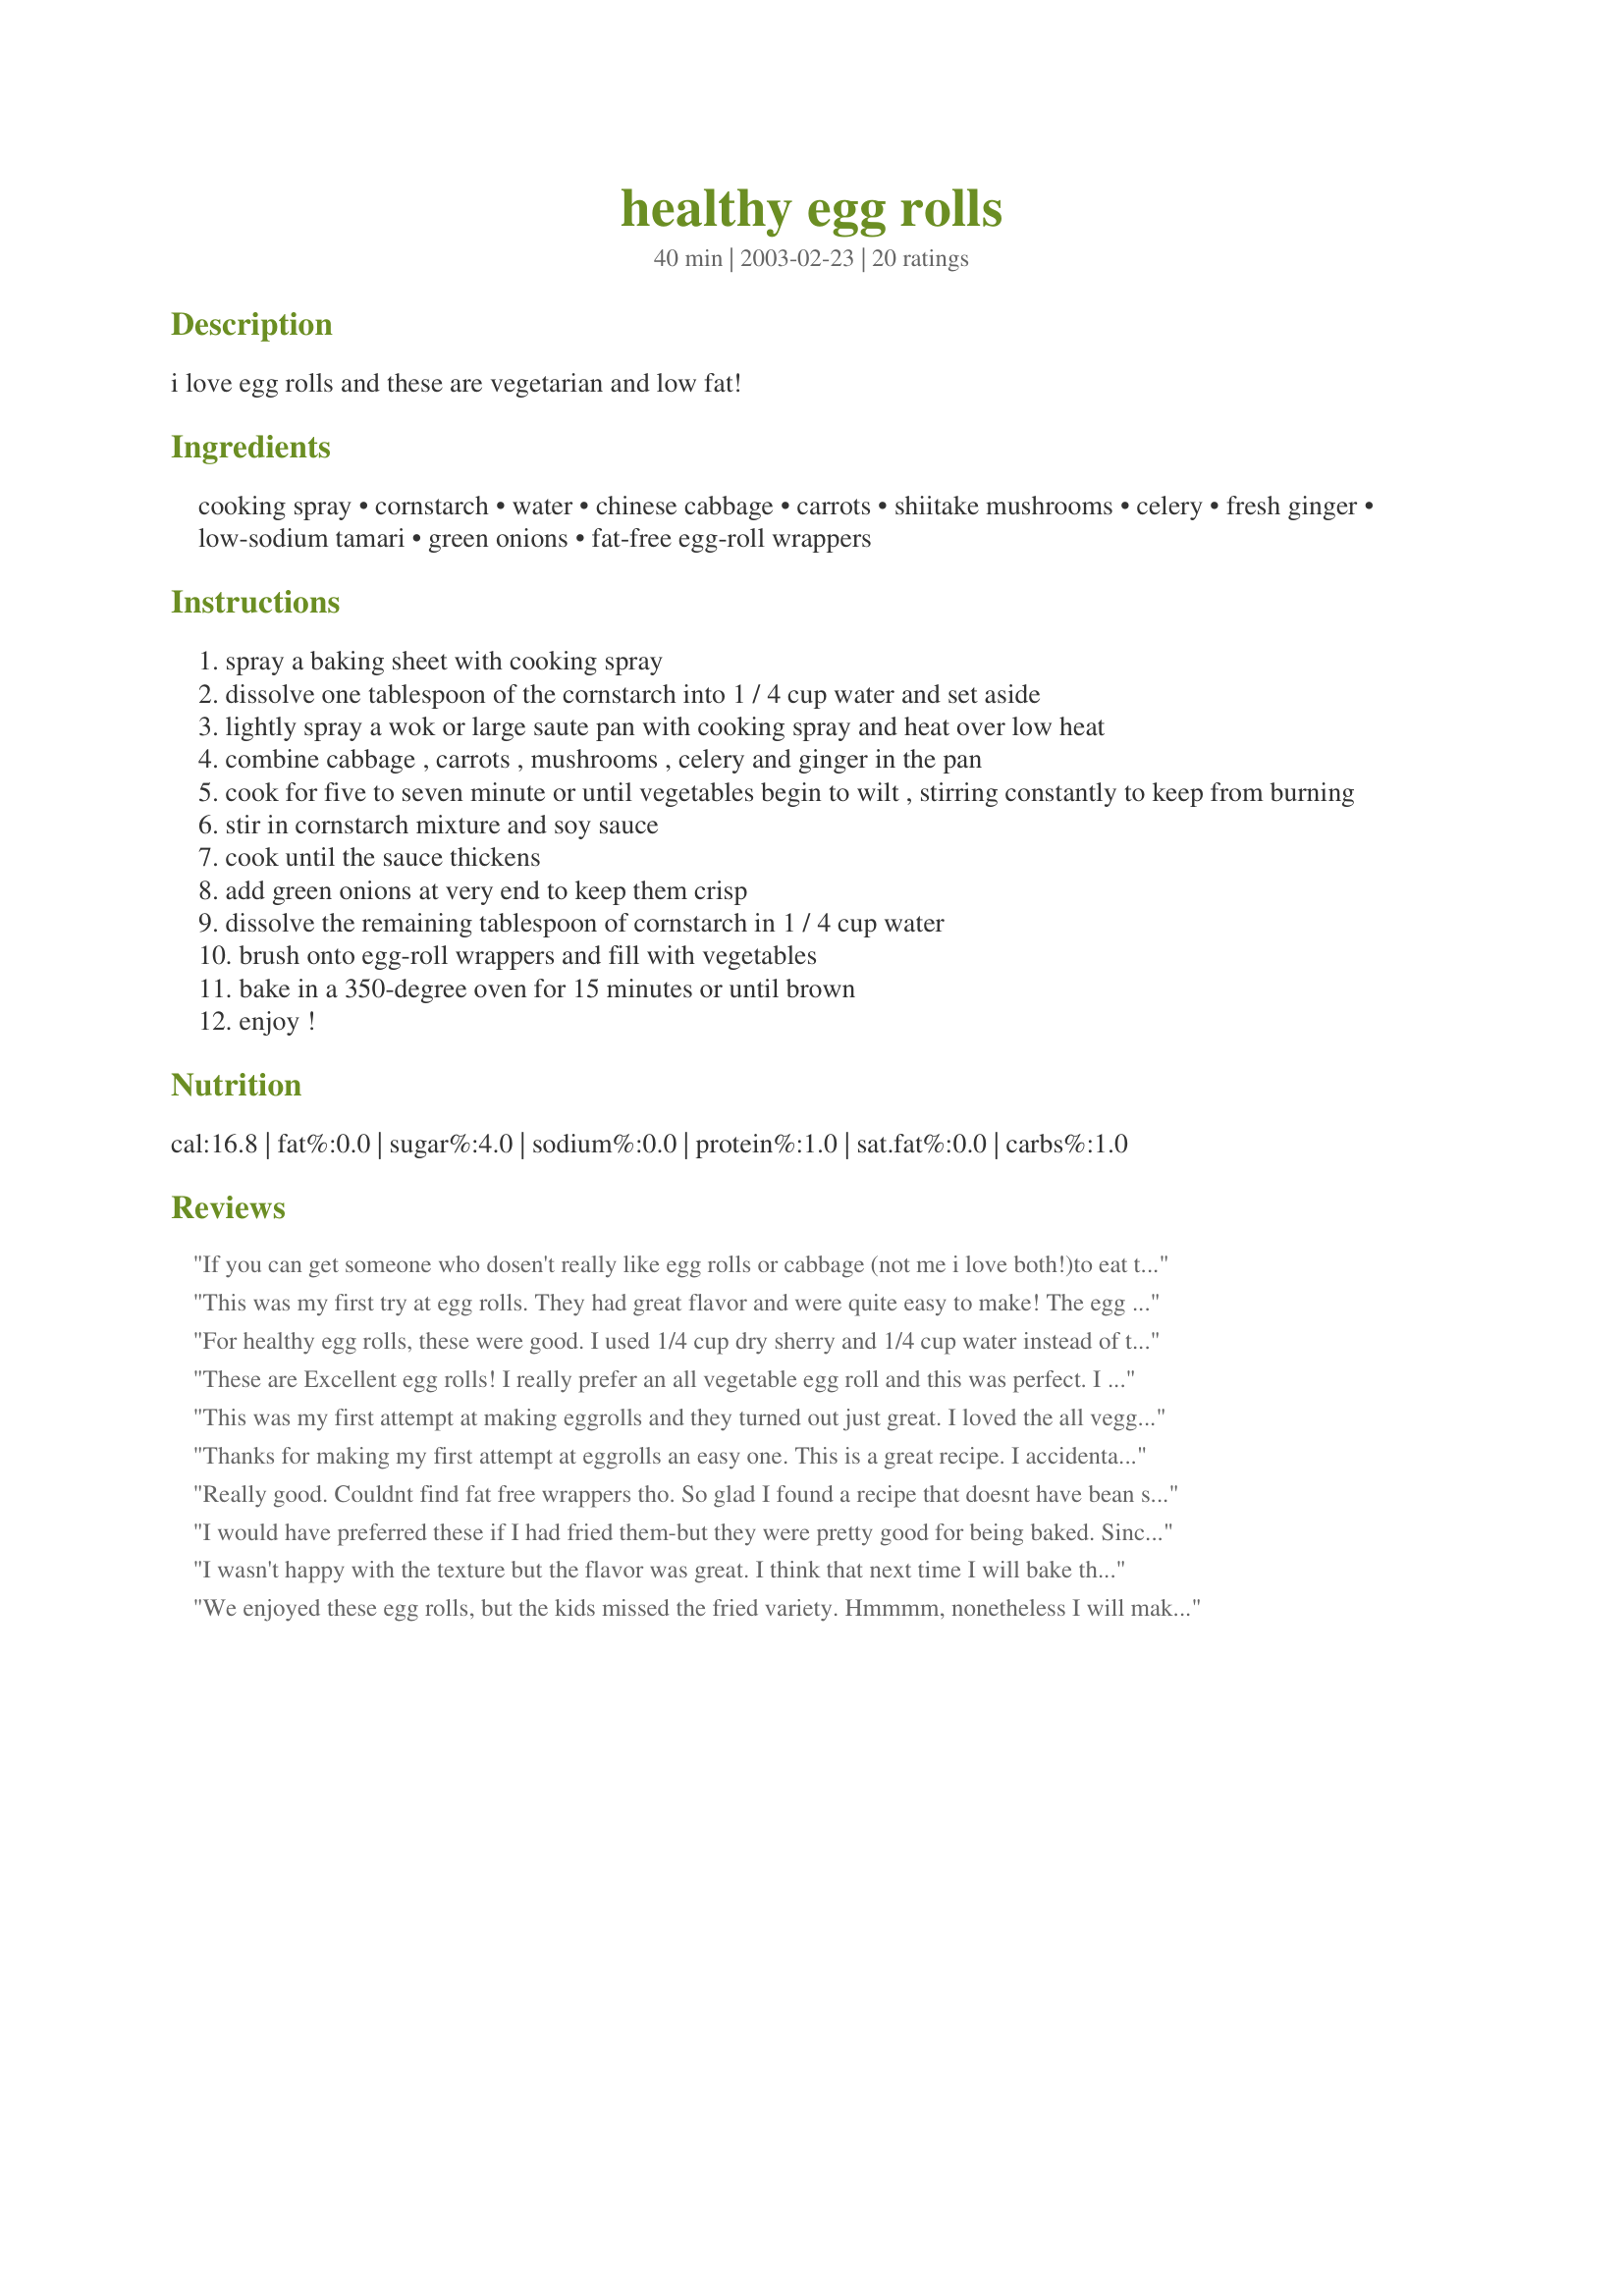
healthy egg rolls
Preparation time: 40 minutes

i love egg rolls and these are vegetarian and low fat!

Ingredients:
cooking spray, cornstarch, water, chinese cabbage, carrots, shiitake mushrooms, celery, fresh ginger, low-sodium tamari, green onions, fat-free egg-roll wrappers

Steps:
spray a baking sheet with cooking spray
dissolve one tablespoon of the cornstarch into 1 / 4 cup water and set aside
lightly spray a wok or large saute pan with cooking spray and heat over low heat
combine cabbage , carrots , mushrooms , celery and ginger in the pan
cook for five to seven minute or until vegetables begin to wilt , stirring constantly to keep from burning
stir in cornstarch mixture and soy sauce
cook until the sauce thickens
add green onions at very end to keep them crisp
dissolve the remaining tablespoon of cornstarch in 1 / 4 cup water
brush onto egg-roll wrappers and fill with vegetables
bake in a 350-degree oven for 15 minutes or until brown
enjoy !

Reviews:
If you can get someone who dosen't really like egg rolls or cabbage (not me i love both!)to eat these thats gotta say something for them. Delicious!!!!
This was my first try at egg rolls. They had great flavor and were quite easy to make! The egg rolls I bought weren't advertised as fat free but the nutritional information showed them as having 0g fat. I used 2 cups Chinese cabbage and 1 cup bean sprouts for something different. My only suggestion would be to flip the egg rolls half way through the baking process so both sides can get crisp and browned. Thanks Sharon!
For healthy egg rolls, these were good. I used 1/4 cup dry sherry and 1/4 cup water instead of the 1/2 cup water called for, and doubled the amount of onion. I served them with a sweet/spicy sauce.
These are Excellent egg rolls! I really prefer an all vegetable egg roll and this was perfect. I served them with Bergys, Thai dipping sauce and also her Oriental dipping sauce. Thanks Sharon123....
This was my first attempt at making eggrolls and they turned out just great. I loved the all veggie filling and the eggroll wrappers had a crispy texture after baking. I was afraid they would be too soft or soggy or something but no worries there. Seved with a hot mustard sauce and a sweet/sour sauce. Very good and I appreciate you sharing this recipe.
Thanks for making my first attempt at eggrolls an easy one. This is a great recipe. I accidentally cooked my cabbage a bit too long so the insides were not as crunchy as I would have liked, but that was my mistake. I only used teh cornstarch/water mixture to moisten the edges of the wrappers before folding/rolling them up. Next time I make these, I think I will brush them with a bit of olive oil before baking. I served these with Thai Dipping Sauce #33113 as a side to Panda Express Orange Chicken #103215.
Really good. Couldnt find fat free wrappers tho. So glad I found a recipe that doesnt have bean sprouts. I hate them! These were really good.
I would have preferred these if I had fried them-but they were pretty good for being baked. Since I am the only one in the house that likes egg rolls, I stuck the leftovers in the freezer- big mistake. When I tried reheating they were soggy and limp and a real mush. 
Very tasty when they cam out of the oven!
I couldn't find the fat-free wrappers, and they needed a little longer to bake to be brown.
I wasn't happy with the texture but the flavor was great. I think that next time I will bake them at 400degrees, turning halfway through. I will also spray the tops of them to see if that won't help to crisp them up.
We enjoyed these egg rolls, but the kids missed the fried variety. Hmmmm, nonetheless I will make these again.
I am just floored at how easy these were to throw together. I'm not even sure they took a whole 40 minutes. That could be because I substituted bagged cole slaw mix for the chinese cabbage, but you couldn't tell in the finished product. These need a little more flavor kick to me, so next time I might add some red pepper flakes or teryaki sauce. They are very tasty baked (I flipped them after 7 minutes to prevent sogginess) and were really nice served with spicy chinese mustard. By the way, according to my calculations the wrappers add another 56 calories, which clocks these babies in at about 97 cals each. Thanks for the healthy recipe!
Great idea, BUT the taste was not great.
Excellent! I love to make egg rolls, just hate the frying mess. These were perfect! DH doesn't do mushrooms so left them out but added bean sprouts. Thanks for sharing.
These were good! I had to bake them just a little longer..and I couldn't find fat free wrappers..Instead of celery I used water chestnuts. These will be made again and again.
Thank you!!
Lowfat, tasty, and easy to make! I used the water chestnuts instead of the celery.
This filling was great! I have to admit that after baking them for alloted time was not happy with texture....I fried them!*blushing* Well at least they were vegetable! I added quite a bit of pepper to the mixture to achieve the taste our local restaurant has and it was perfect! Thx for the great (and healthy) recipe Sharon! I will so make these again! :)
These were just ok to us. I couldn't find egg roll wrappers, just spring roll, and they didn't work out. So, I'm only rating the filling. I'm used to a drier filling and these were a bit too mushy. I think I would also cut down on the ginger just a little. They weren't bad but I think I'll keep looking for something else.
I have never attempted making egg rolls before and the idea of HEALTHY oven-baked Egg Rolls was just too good to not try. Sharon’s instructions were really clear – essential when you’re treading unfamiliar culinary territory. This is a really versatile recipe, one where you could vary the ingredients to meet your taste preferences, which is another super-plus! This first time, I followed the recipe exactly, except for using fat-free egg roll wrappers which I also failed to find, but I intend to continue looking. These egg rolls, these HEALTHY egg rolls were absolutely scrumptious. We ate them with soy sauce. I recommend this recipe unreservedly! Thank you, Sharon, for another wonderful recipe!
These were excellent egg rolls!! But, since I made 5 different fillings...these did not go in the oven, they were fried. But the flavor was outstanding! I really enjoyed the flavor....who said you can't have flavor without meat???? Thank you for posting!!!
These were very easy to make. Mine tuned out soggy on the bottom, so I will have to pan fry them next time or turn them over in the oven to crisp on both sides. They tasted really good though.
